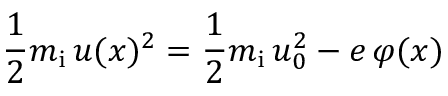
{ \frac { 1 } { 2 } } m _ { \mathrm { i } } \, u ( x ) ^ { 2 } = { \frac { 1 } { 2 } } m _ { \mathrm { i } } \, u _ { 0 } ^ { 2 } - e \, \varphi ( x )